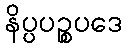
နိပ္ပပဉ္စပဒေ